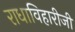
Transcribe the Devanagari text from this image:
राधाविहारीजी